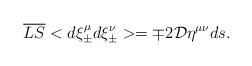
LaTeX: \begin{align*}\overline{LS}<d\xi ^{\mu } _{\pm }d\xi ^{\nu } _{\pm }> = \mp 2{\cal D} \eta ^{\mu \nu } ds .\end{align*}